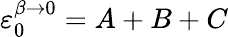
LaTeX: \varepsilon_{0}^{\beta\rightarrow 0}=A+B+C